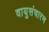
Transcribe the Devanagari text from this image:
वायुसंचारण